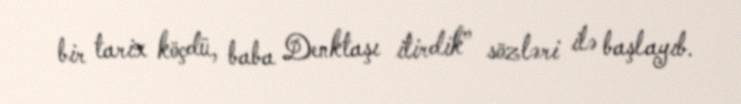
bir tarix köçdü, baba Denktaşı itirdik” sözləri ilə başlayıb.